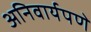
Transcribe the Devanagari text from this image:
अनिवार्यपणे